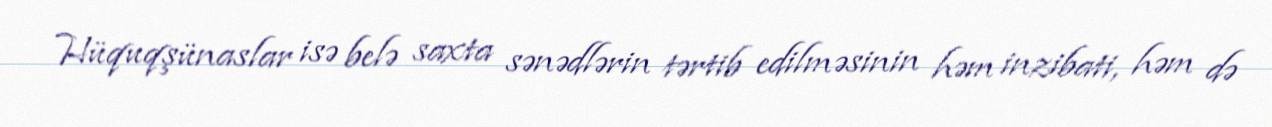
Hüquqşünaslar isə belə saxta sənədlərin tərtib edilməsinin həm inzibati, həm də